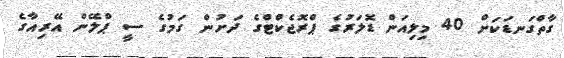
ގާތްގަނޑަކަށް 40 މިލިއަން ޑޮލަރުގެ ޕްރޮޖެކްޓްގެ ދަށުން ގަމުގެ ސީ ޕްލޭން އޭރިއާގެ